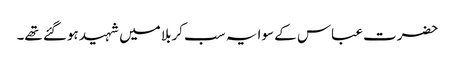
حضرت عباس کے سوا یہ سب کربلا میں شہید ہوگئے تھے۔